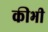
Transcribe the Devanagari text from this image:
कीभी